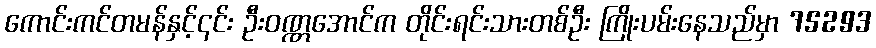
ကောင်းကင်တမန်နှင့်၎င်း ဦးဝဏ္ဏအောင်က တိုင်းရင်းသားတစ်ဦး ကြိုးပမ်းနေသည်မှာ 75293